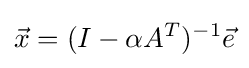
{\vec {x}}=(I-\alpha A^{T})^{-1}{\vec {e}}